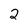
Character: 2